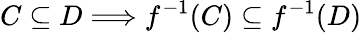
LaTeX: C\subseteq D\Longrightarrow f^{-1}(C)\subseteq f^{-1}(D)